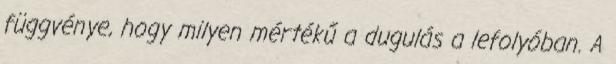
függvénye, hogy milyen mértékű a dugulás a lefolyóban. A